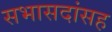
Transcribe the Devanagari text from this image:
सभासदांसह